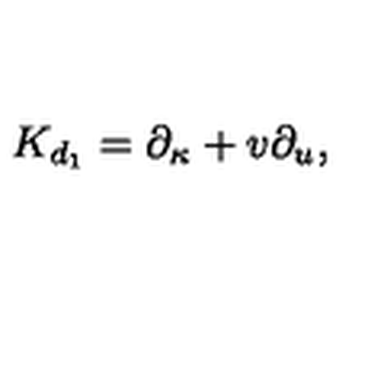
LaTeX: { K } _ { d _ { 1 } } = \partial _ { \kappa } + v \partial _ { u } ,